Reports on military cantonments and civil stations in the Presidency of Bombay inspected by the Sanitary Commissioner in the years 1875 and 1876
Year: 1875
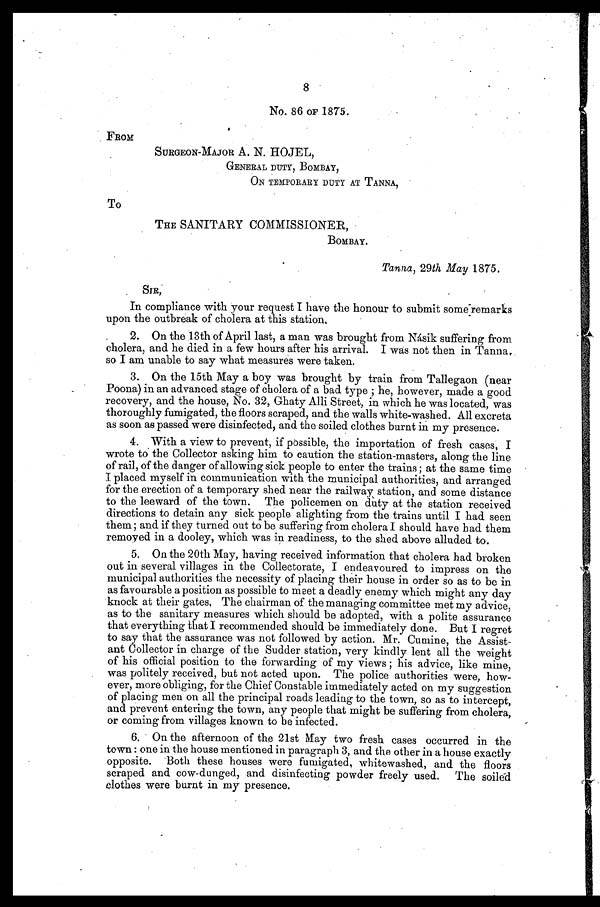
8
No. 86 OF 1875.
FROM
SURGEON-MAJOR A. N. HOJEL,
GENERAL DUTY, BOMBAY,
ON TEMPORARY DUTY AT TANNA,
To
THE SANITARY COMMISSIONER,
BOMBAY.
Tanna, 29th May 1875.
SIR,
In compliance with your request I have the honour to submit some remarks
upon the outbreak of cholera at this station.
2. On the 13th of April last, a man was brought from Násik suffering from
cholera, and he died in a few hours after his arrival. I was not then in Tanna
, s o I a m u n a b l e t o s a y w h a t m e a s u r e s w e r e t a k e n .
3. On the 15th May a boy was brought by train from Tallegaon (near
Poona) in an advanced stage of cholera of a bad type ; he, however, made a good
recovery, and the house, No. 32, Ghaty Alli Street, in which he was located, was
thoroughly fumigated, the floors scraped, and the walls white-washed. All excreta
as soon as passed were disinfected, and the soiled clothes burnt in my presence.
4. With a view to prevent, if possible, the importation of fresh cases, I
wrote to the Collector asking him to caution the station-masters, along the line
of rail, of the danger of allowing sick people to enter the trains ; at the same time
I placed myself in communication with the municipal authorities, and arranged
for the erection of a temporary shed near the railway station, and some distance
to the leeward of the town. The policemen on duty at the station received
directions to detain any sick people alighting from the trains until I had seen
them; and if they turned out to be suffering from cholera I should have had them
removed in a dooley, which was in readiness, to the shed above alluded to.
5. On the 20th May, having received information that cholera had broken
out in several villages in the Collectorate, I endeavoured to impress on the
municipal authorities the necessity of placing their house in order so as to be in
as favourable a position as possible to meet a deadly enemy which might any day
knock at t hei r gat es . The chai r man of t he managi ng commi t t ee met my advi ce,
as to the sanitary measures which should be adopted, with a polite assurance
that everything that I recommended should be immediately done. But I regret
to say that the assurance was not followed by action. Mr. Cumine, the Assist
-ant Collector in charge of the Sudder station, very kindly lent all the weight
of his official position to the forwarding of my views ; his advice, like mine,
was politely received, but not acted upon. The police authorities were, how-
ever, more obliging, for the Chief Constable immediately acted on my suggestion
of placing men on all the principal roads leading to the town, so as to intercept,
and prevent entering the town, any people that might be suffering from cholera,
or coming from villages known to be infected.
6. On the afternoon of the 21st May two fresh cases occurred in the
town : one in the house mentioned in paragraph 3, and the other in a house exactly
opposite. Both these houses were fumigated, whitewashed, and the floors
scraped and cow-dunged, and disinfecting powder freely used. The soiled
clothes were burnt in my presence.